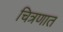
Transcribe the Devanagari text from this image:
चित्रणात